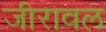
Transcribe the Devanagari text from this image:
जीरावल